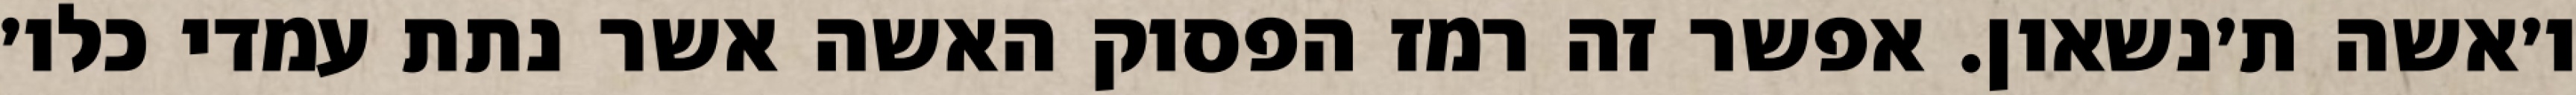
ו׳אשה ת׳נשאון. אפשר זה רמז הפסוק האשה אשר נתת עמדי כלו׳